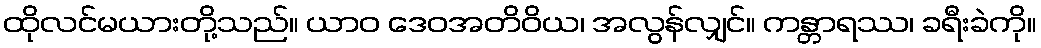
ထိုလင်မယားတို့သည်။ ယာဝ ဒေဝအတိဝိယ၊ အလွန်လျှင်။ ကန္တာရဿ၊ ခရီးခဲကို။